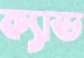
ক্যাড